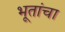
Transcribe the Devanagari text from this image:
भूतांचा